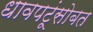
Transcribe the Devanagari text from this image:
धावपटूंसोबत